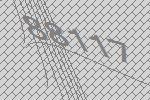
88117